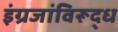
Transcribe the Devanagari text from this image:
इंग्रजांविरूद्ध